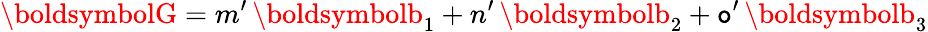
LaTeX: \boldsymbolG=m^{\prime}\, \boldsymbolb_{1}+n^{\prime}\, \boldsymbolb_{2}+\mathtt{o}^{\prime}\, \boldsymbolb_{3}